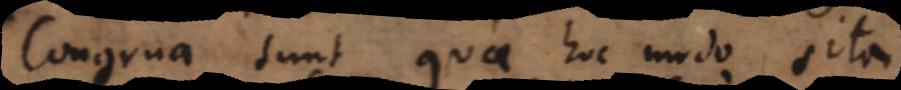
Congrua sunt quae hoc modo sita